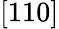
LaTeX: \left[110\right]